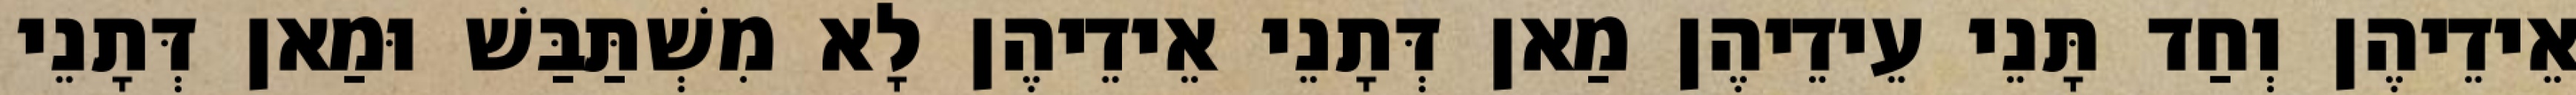
אֵידֵיהֶן וְחַד תָּנֵי עֵידֵיהֶן מַאן דְּתָנֵי אֵידֵיהֶן לָא מִשְׁתַּבַּשׁ וּמַאן דְּתָנֵי